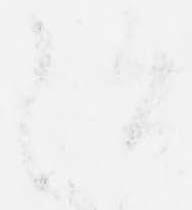
治